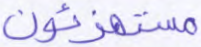
مستهزئون